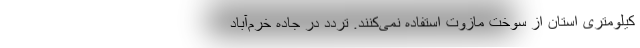
کیلومتری استان از سوخت مازوت استفاده نمی‌کنند. تردد در جاده خرم‌آباد